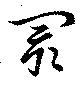
閡